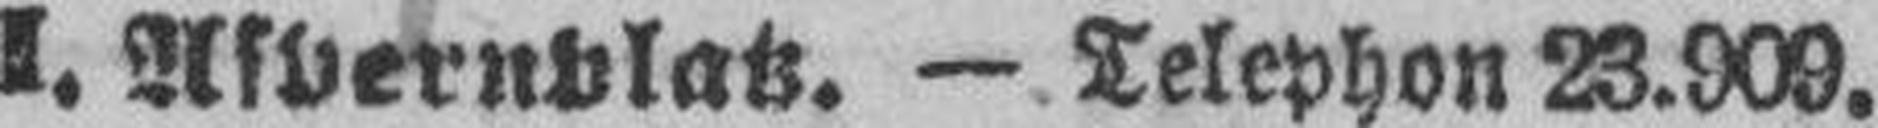
I. Aspernplatz. — Telephon 23.909.